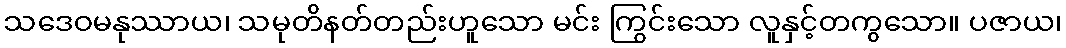
သဒေဝမနုဿာယ၊ သမုတိနတ်တည်းဟူသော မင်း ကြွင်းသော လူနှင့်တကွသော။ ပဇာယ၊